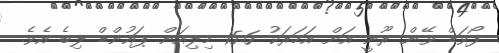
ފޯވަޑް ވޭން ރޫނީ އަށް އަހަރަކު 15.6 މިލިއަން ޕައުންޑް ލިބެ އެވެ.